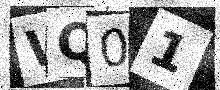
Text: WQ01